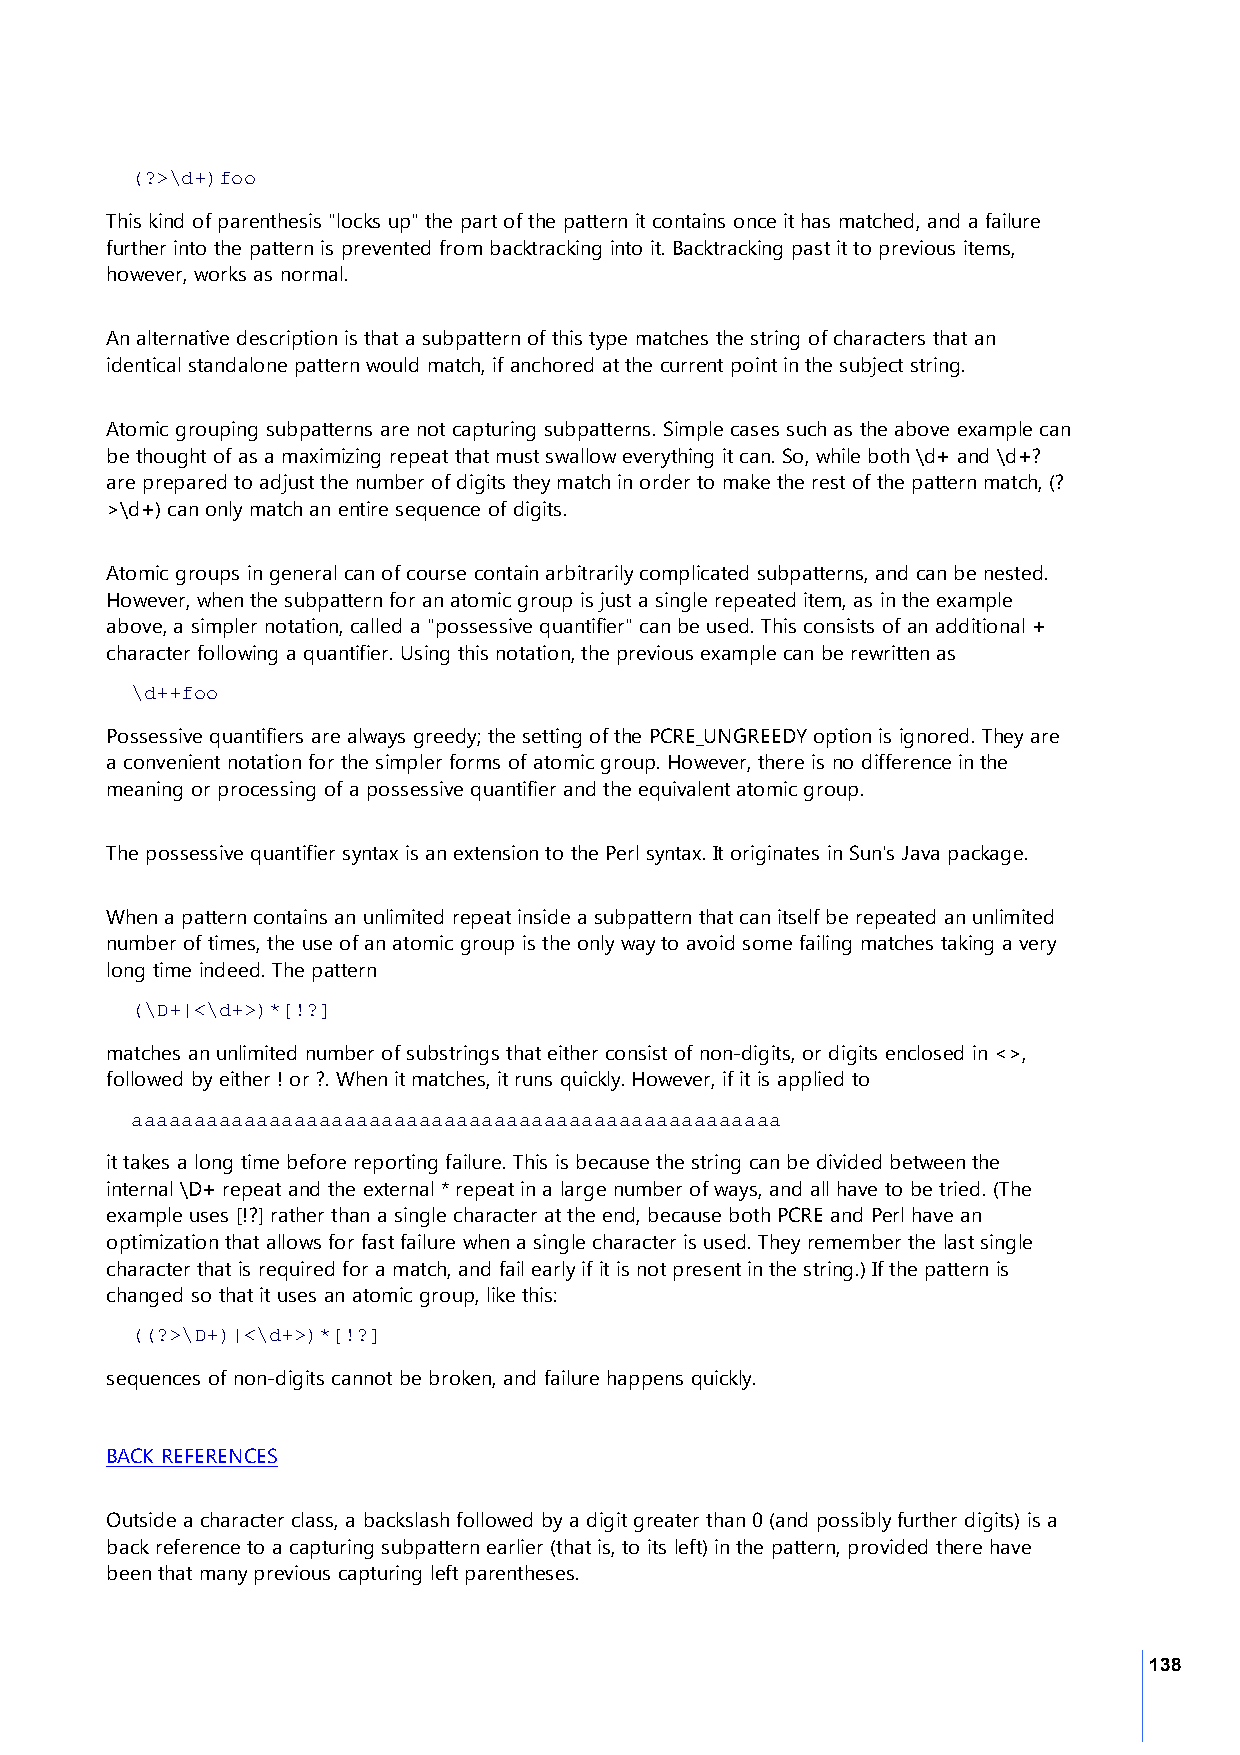
(?>\d+)foo
 This kind of parenthesis "locks up" the part of the pattern it contains once it has matched, and a failure
 further into the pattern is prevented from backtracking into it. Backtracking past it to previous items,
 however, works as normal.
 An alternative description is that a subpattern of this type matches the string of characters that an
 identical standalone pattern would match, if anchored at the current point in the subject string.
 Atomic grouping subpatterns are not capturing subpatterns. Simple cases such as the above example can
 be thought of as a maximizing repeat that must swallow everything it can. So, while both \d+ and \d+?
 are prepared to adjust the number of digits they match in order to make the rest of the pattern match, (?
 >\d+) can only match an entire sequence of digits.
 Atomic groups in general can of course contain arbitrarily complicated subpatterns, and can be nested.
 However, when the subpattern for an atomic group is just a single repeated item, as in the example
 above, a simpler notation, called a "possessive quantifier" can be used. This consists of an additional +
 character following a quantifier. Using this notation, the previous example can be rewritten as
 \d++foo
 Possessive quantifiers are always greedy; the setting of the PCRE_UNGREEDY option is ignored. They are
 a convenient notation for the simpler forms of atomic group. However, there is no difference in the
 meaning or processing of a possessive quantifier and the equivalent atomic group.
 The possessive quantifier syntax is an extension to the Perl syntax. It originates in Sun's Java package.
 When a pattern contains an unlimited repeat inside a subpattern that can itself be repeated an unlimited
 number of times, the use of an atomic group is the only way to avoid some failing matches taking a very
 long time indeed. The pattern
 (\D+|<\d+>)*[!?]
 matches an unlimited number of substrings that either consist of non-digits, or digits enclosed in <>,
 followed by either ! or ?. When it matches, it runs quickly. However, if it is applied to
 aaaaaaaaaaaaaaaaaaaaaaaaaaaaaaaaaaaaaaaaaaaaaaaaaaaa
 it takes a long time before reporting failure. This is because the string can be divided between the
 internal \D+ repeat and the external * repeat in a large number of ways, and all have to be tried. (The
 example uses [!?] rather than a single character at the end, because both PCRE and Perl have an
 optimization that allows for fast failure when a single character is used. They remember the last single
 character that is required for a match, and fail early if it is not present in the string.) If the pattern is
 changed so that it uses an atomic group, like this:
 ((?>\D+)|<\d+>)*[!?]
 sequences of non-digits cannot be broken, and failure happens quickly.
 BACK REFERENCES
 Outside a character class, a backslash followed by a digit greater than 0 (and possibly further digits) is a
 back reference to a capturing subpattern earlier (that is, to its left) in the pattern, provided there have
 been that many previous capturing left parentheses.
 138